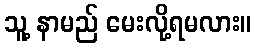
သူ့ နာမည် မေးလို့ရမလား။